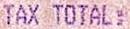
TAX TOTAL: